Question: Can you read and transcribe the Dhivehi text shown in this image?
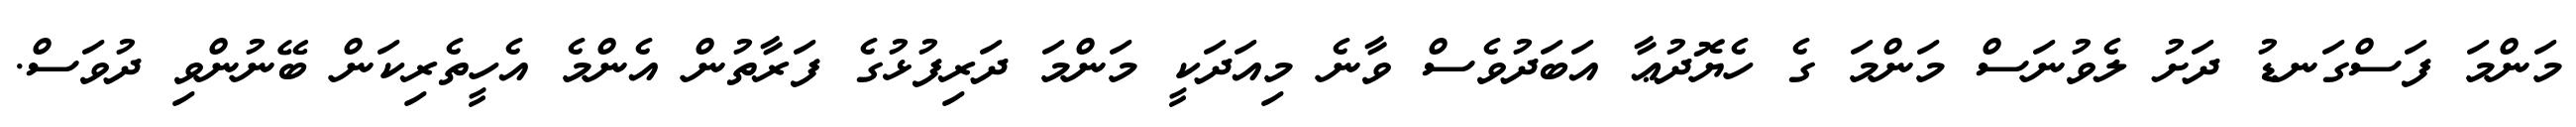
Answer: މަންމަ ފަސްގަނޑު ދަށު ލެވުނަސް މަންމަ ގެ ހެޔޮދުޢާ އަބަދުވެސް ވާނެ މިއަދަކީ މަންމަ ދަރިފުޅުގެ ފަރާތުން އެންމެ އެހީތެރިކަން ބޭނުންވި ދުވަސް.